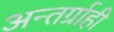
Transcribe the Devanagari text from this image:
अन्तर्ग्राही